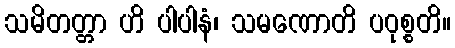
သမိတတ္တာ ဟိ ပါပါနံ၊ သမဏောတိ ပဝုစ္စတိ။